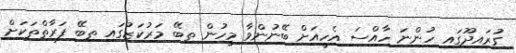
ގުރައިދޫގައި ހުންނަ ހާއްސަ އެހީއަށް ބޭނުންވާ މީހުން ތިބޭ މަރުކަޒުގައި ތިބޭ ފަރާތްތަކަށް